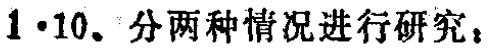
$1\cdot10.$分两种情况进行研究：